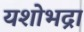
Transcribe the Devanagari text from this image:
यशोभद्रा